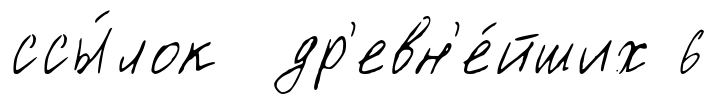
ссы́лок др'евн'е́йших 6